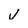
Character: J